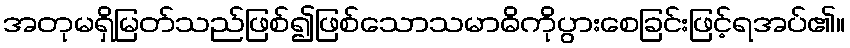
အတုမရှိမြတ်သည်ဖြစ်၍ဖြစ်သောသမာဓိကိုပွားစေခြင်းဖြင့်ရအပ်၏။